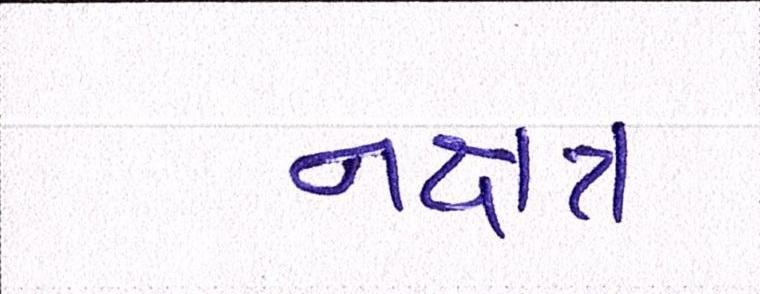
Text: નક્ષત્ર